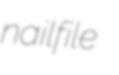
nailfile